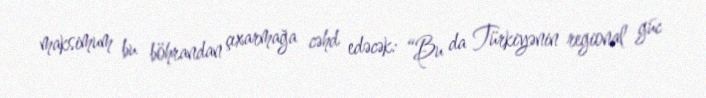
maksimum bu böhrandan çıxarmağa cəhd edəcək: “Bu da Türkiyənin regional güc